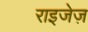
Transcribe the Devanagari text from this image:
राइजेज़